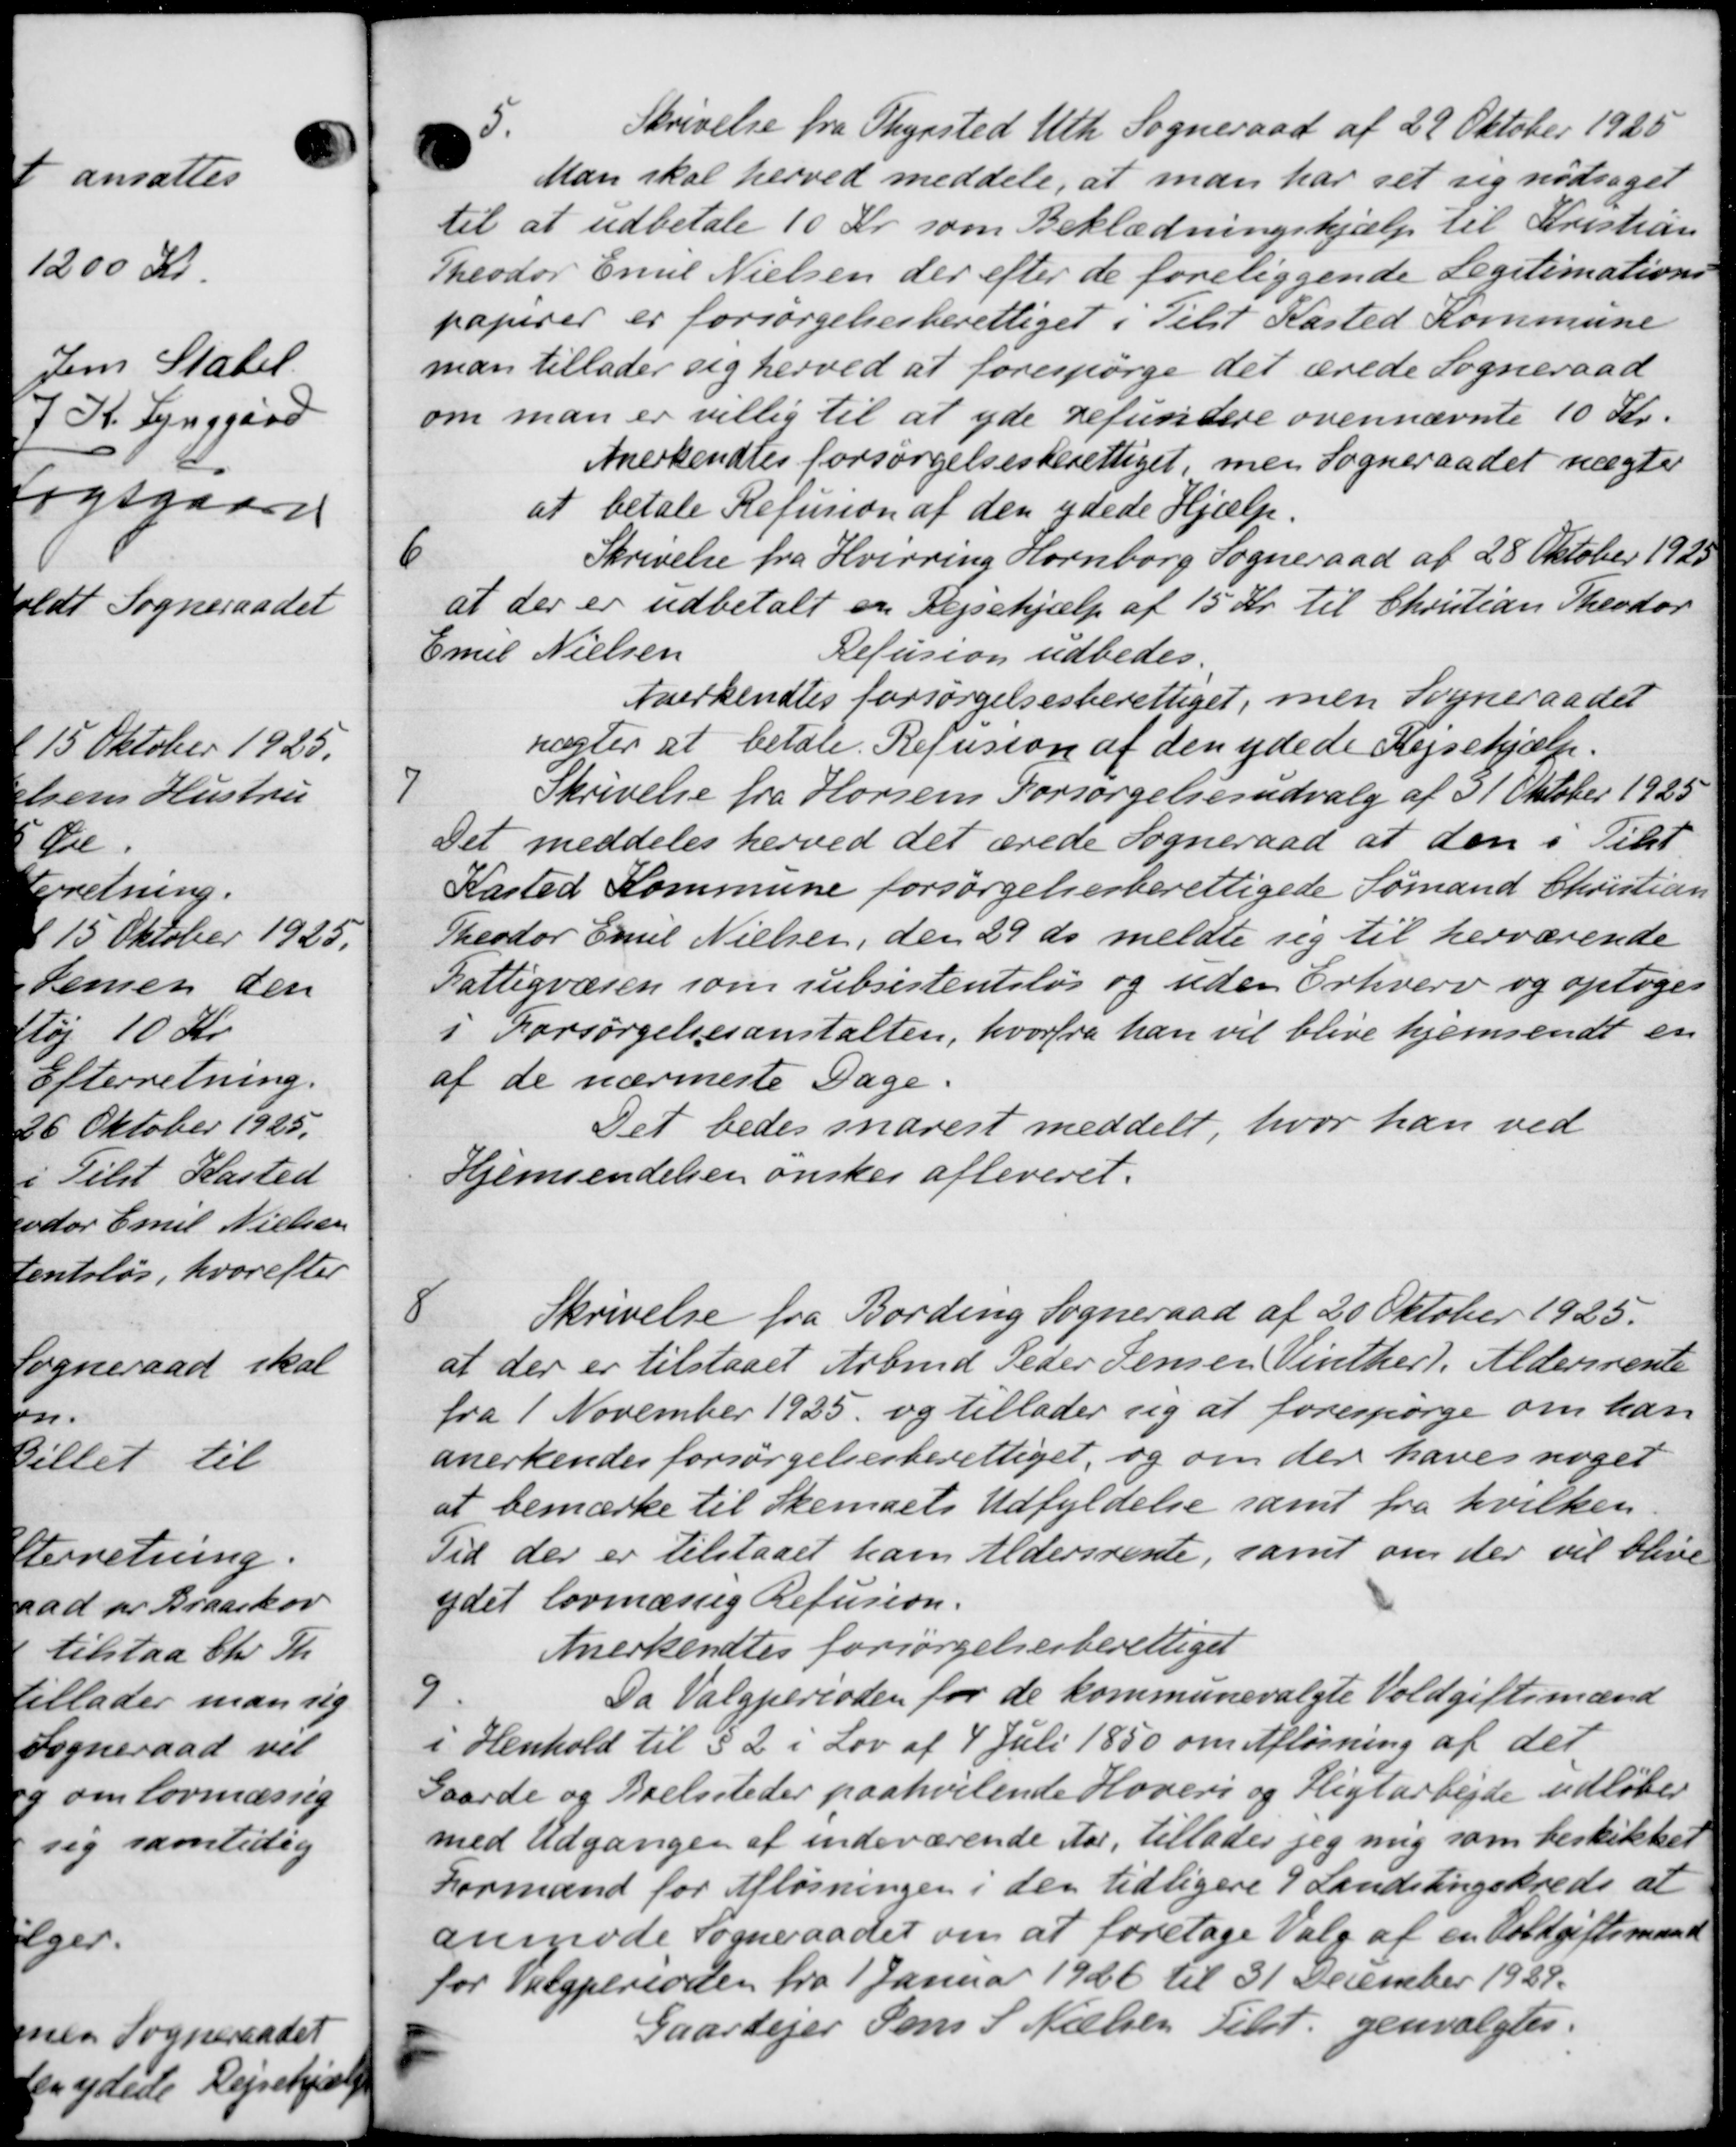
Transskription:
5.
Skrivelse fra Thyrsted Uth Sogneraad af 29 Oktober 1925
Man skal herved meddele, at man har set sig nødsaget
til at udbetale 10 Kr. som Beklædningshjælp til Kristian
Theodor Emil Nielsen der efter de foreliggende Legitimations
papirer er forsørgelsesberettiget i Tilst Kasted Kommune
man tillader sig herved at forespørge det ærede Sogneraad
om man er villig til at yde refundere ovennævnte 10 Kr.
Anerkendtes forsørgelsesberettiget men Sogneraadet nægte
at betale Refusion af den ydede Hjælp.

Skrivelse fra Hvirring Hornborg Sogneraad af 28 Oktober 1925
at der er udbetalt en Rejsehjælp af 15 Kr. til Christian Theodor
mil Nielsen
Refusion udbedes.
Anerkendtes forsørgelsesberettiget, men Sogneraadet
nægter at betale Refusion af den ydede Rejsehjælp.

Skrivelse fra Horsens Forsørgelsesudvalg af 31 Oktober 1925
Det meddeles herved det ærede Sogneraad at den i Tilst
Kasted Kommune forsørgelsesberettigede Sømand Christian
Theodor Emil Nielsen, den 29 ds meldte sig til herværende
Fattigvæsen som subsistentsløs og uden Erhverv og optoges
i Forsørgelsesanstalten, hvorfra han vil blive hjemsendt en
af de nærmeste Dage.
Det bedes snarest meddelt, hvor han ved
Hjemsendelsen ønskes afleveret.

Skrivelse fra Bording Sogneraad af 20 Oktober 1925.
at der er tilstaaet Arbmd Peder Jensen Vinther). Aldersrente
ra 1 November 1925 og tillader sig at forespørge om han
anerkendes forsørgelsesberettiget, og om der haves noget
at bemærke til Skemaets Udfyldelse samt fra hvilken.
Tid der er tilstaaet ham Aldersrente, samt om der vil blive
ydet lovmæssig Refusion.
Anerkendtes forsørgelsesberettiget
9
Da Valgperioden for de kommunevalgte Voldgiftsmænd
i Henhold til § 2 i Lov af 4 Juli 1850 om Afløsning af det
Gaarde og Boelssteder paahvilende Hoveri og Pligtarbejde udløber
med Udgangen af indeværende Aar, tillader jeg mig som beskikker
Formand for Afløsningen i den tidligere 9 Landstingskreds at
anmode Sogneraadet om at foretage Valg af en Voldgiftsmand
for Valgperioden fra 1 Januar 1926 til 31 December 1929.
Gaardejer Jens S Nielsen Tilst. genvalgtes.